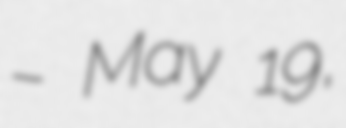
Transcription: – May 19,